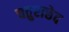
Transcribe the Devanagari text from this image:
चतुराछेद